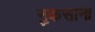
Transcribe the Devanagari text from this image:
नुकसाना